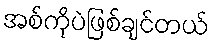
အစ်ကိုပဲဖြစ်ချင်တယ်